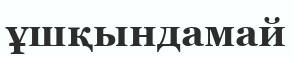
ұшқындамай